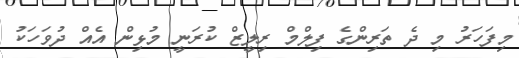
މިފަހަރު މި ދެ ތަރިންގެ ފިލްމް ރިލީޒް ކުރަނީ މުޅިން އެއް ދުވަހަކު